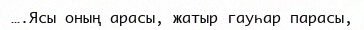
….Ясы оның арасы, жатыр гауһар парасы,